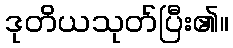
ဒုတိယသုတ်ပြီး၏။